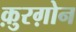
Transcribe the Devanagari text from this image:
क़ुरग़ोन